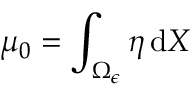
\mu _ { 0 } = \int _ { \Omega _ { \epsilon } } \eta \, \mathrm { d } X